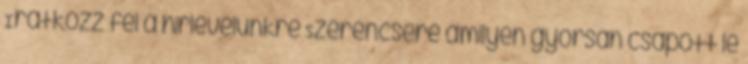
Iratkozz fel a hirlevelünkre Szerencsére amilyen gyorsan csapott le